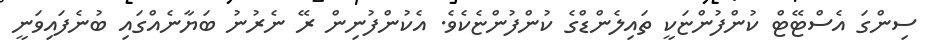
ސިންގަ އެސްޓޭޓް ކުންފުންޏަކީ ތައިލެންޑްގެ ކުންފުންޏެކެވެ. އެކުންފުނިން ރޭ ނެރުނު ބަޔާނެއްގައި ބުނެފައިވަނީ